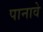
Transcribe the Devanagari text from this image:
पानावे